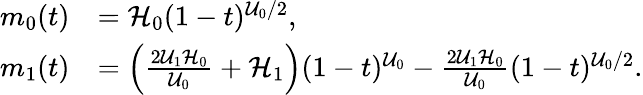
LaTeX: \begin{array}{rl}{m_{0}(t)}&{=\mathcal{H}_{0}(1-t)^{\mathcal{U}_{0}/2},}\\ {m_{1}(t)}&{=\left(\frac{2\mathcal{U}_{1}\mathcal{H}_{0}}{\mathcal{U}_{0}}+\mathcal{H}_{1}\right)(1-t)^{\mathcal{U}_{0}}-\frac{2\mathcal{U}_{1}\mathcal{H}_{0}}{\mathcal{U}_{0}}(1-t)^{\mathcal{U}_{0}/2}.}\end{array}